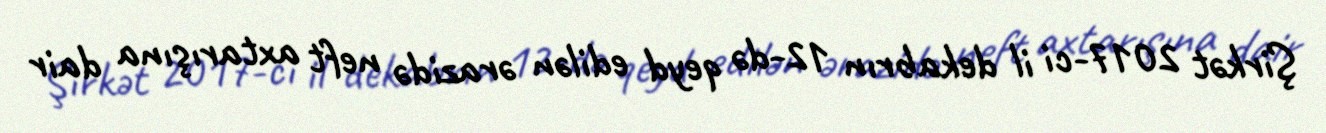
Şirkət 2017-ci il dekabrın 12-də qeyd edilən ərazidə neft axtarışına dair